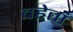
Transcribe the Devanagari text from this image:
बहेतां